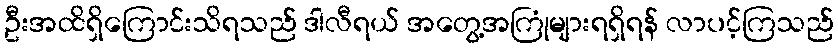
ဦးအထိရှိကြောင်းသိရသည် ဒါလီရယ် အတွေ့အကြုံများရရှိရန် လာပင့်ကြသည်